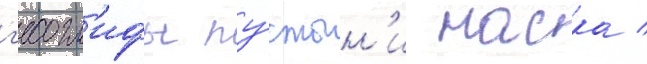
г'еогл'ифы пу́стын'и наска /